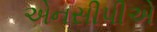
એનસીપીએ